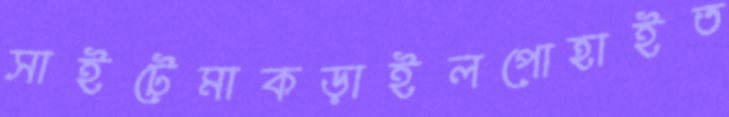
সাইটেমাকড়াইলপোহাইত